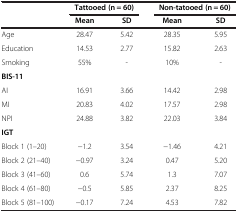
|  | <COLSPAN=2> Tattooed (n = 60) | <COLSPAN=2> Non-tatooed (n = 60) |
 |  | Mean | SD | Mean | SD |
 | --- | --- | --- | --- | --- |
 | Age | 28.47 | 5.42 | 28.35 | 5.95 |
 | Education | 14.53 | 2.77 | 15.82 | 2.63 |
 | Smoking | 55% | - | 10% | - |
 | BIS-11 | <COLSPAN=4>  |
 | AI | 16.91 | 3.66 | 14.42 | 2.98 |
 | MI | 20.83 | 4.02 | 17.57 | 2.98 |
 | NPI | <ROWSPAN=2> 24.88 | <ROWSPAN=2> 3.82 | <ROWSPAN=2> 22.03 | <ROWSPAN=2> 3.84 |
 | IGT |
 | Block 1 (1–20) | -1.2 | 3.54 | -1.46 | 4.21 |
 | Block 2 (21–40) | -0.97 | 3.24 | 0.47 | 5.20 |
 | Block 3 (41–60) | 0.6 | 5.74 | 1.3 | 7.07 |
 | Block 4 (61–80) | -0.5 | 5.85 | 2.37 | 8.25 |
 | Block 5 (81–100) | -0.17 | 7.24 | 4.53 | 7.82 |